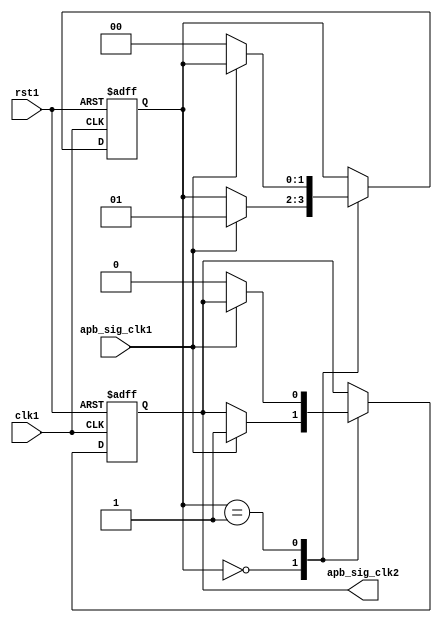
module timing_control_and_sync(
    input wire clk1, // Clock signal from domain 1
    input wire rst1, // Reset signal for domain 1
    input wire apb_sig_clk1, // APB signal from domain 1
    output reg apb_sig_clk2 // Synchronized APB signal in domain 2
);

reg [1:0] state;

always @(posedge clk1 or posedge rst1) begin
    if (rst1) begin
        state <= 0;
        apb_sig_clk2 <= 0;
    end else begin
        case (state)
            0: begin // Crossing logic for synchronization
                if (apb_sig_clk1) begin
                    apb_sig_clk2 <= 1;
                    state <= 1;
                end
            end
            1: begin // Synchronization circuit
                if (~apb_sig_clk1) begin
                    apb_sig_clk2 <= 0;
                    state <= 0;
                end
            end
        endcase
    end
end

endmodule